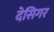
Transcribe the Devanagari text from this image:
देसिगर